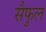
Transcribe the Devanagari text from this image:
सैफुल